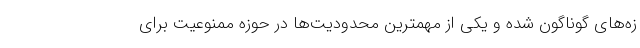
زه‌های گوناگون شده و یکی از مهمترین محدودیت‌ها در حوزه ممنوعیت برای